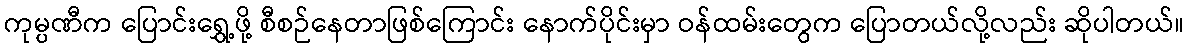
ကုမ္ပဏီက ပြောင်းရွှေ့ဖို့ စီစဉ်နေတာဖြစ်ကြောင်း နောက်ပိုင်းမှာ ဝန်ထမ်းတွေက ပြောတယ်လို့လည်း ဆိုပါတယ်။